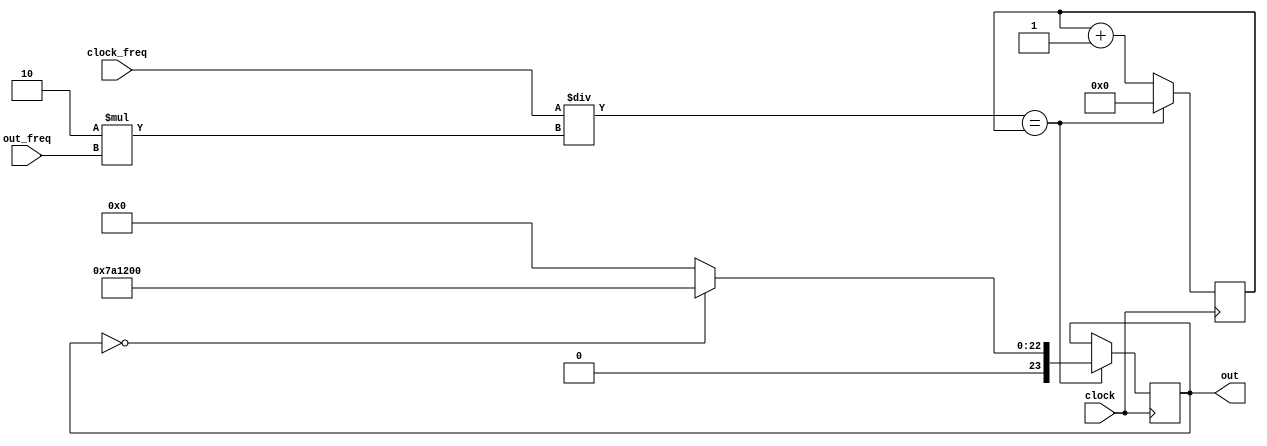
module gen_square (
	clock,
	clock_freq,
	out_freq,
	out
);

input clock;
input [31:0]clock_freq;
input [31:0]out_freq;
output [23:0]out;

reg [31:0]div;
reg [31:0]cnt;


always@(clock_freq or out_freq)
begin
	div <= clock_freq / (2*out_freq);
end


always@(posedge clock)
begin
	if (div == cnt)
	begin
		cnt <= 0;
		if (out == 0)
			out <= 8_000_000;
		else
			out <= 0;
	end
	else
	begin
		cnt <= cnt + 1;	
	end

end

endmodule